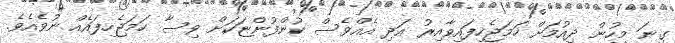
ގިނަ މީހުން ދިއުމަށް ހަމަޖެހިފައިވާއިރު އަދި އެއްވެސް ކުންފުންޏަކަށް ވިސާ ހަމަޖެހިފައެއް ނުވެއެވެ.